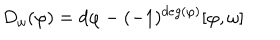
LaTeX: D _ { \omega } ( \varphi ) = d \varphi - ( - 1 ) ^ { d e g ( \varphi ) } [ \varphi , \omega ]